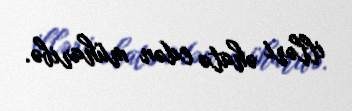
illəri əhatə edən müharibə.